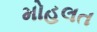
મોહલત